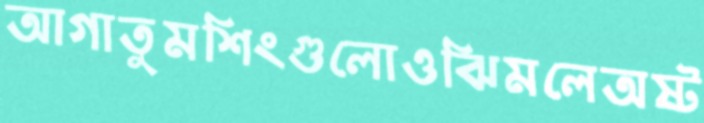
আগাতুমশিংগুলোওঝিমলেঅষ্ট